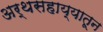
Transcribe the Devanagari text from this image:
अर्थसहाय्यातून